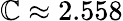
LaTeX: \mathbb{C}\approx2.558